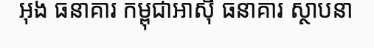
អុង ធនាគារ កម្ពុជាអាស៊ី ធនាគារ ស្ថាបនា